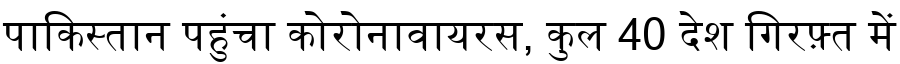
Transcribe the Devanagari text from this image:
पाकिस्तान पहुंचा कोरोनावायरस, कुल 40 देश गिरफ़्त में